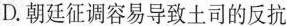
D.朝廷征调容易导致土司的反抗